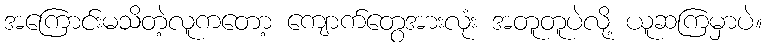
အကြောင်းမသိတဲ့လူကတော့ ကျောက်တွေအားလုံး အတူတူပဲလို့ ယူဆကြမှာပဲ။